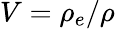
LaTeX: V=\rho_{e}/\rho